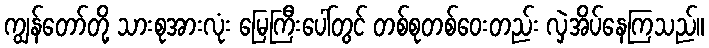
ကျွန်တော်တို့ သားစုအားလုံး မြေကြီးပေါ်တွင် တစ်စုတစ်ဝေးတည်း လှဲအိပ်နေကြသည်။